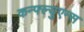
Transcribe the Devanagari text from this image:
कन्फ्ल्युएन्स